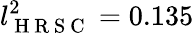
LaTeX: l_{\mathrm{~H~R~S~C~}}^{2}=0.135